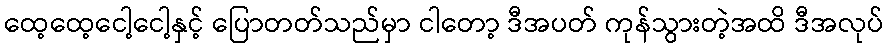
ထေ့ထေ့ငေါ့ငေါ့နှင့် ပြောတတ်သည်မှာ ငါတော့ ဒီအပတ် ကုန်သွားတဲ့အထိ ဒီအလုပ်